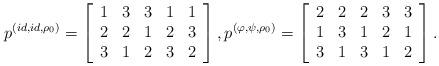
LaTeX: \begin{align*}p^{(id,id,\rho_0)}=\left[\begin{array}{ccccccc}1 & 3 & 3 & 1 &1\\2 & 2 & 1 & 2 &3\\3 & 1 & 2 & 3 & 2 \\ \end{array}\right],p^{(\varphi,\psi,\rho_0)}=\left[\begin{array}{ccccccc}2 & 2 & 2 & 3 &3\\1 & 3 & 1 & 2 &1\\3 & 1 & 3 & 1 & 2 \\ \end{array}\right].\end{align*}